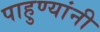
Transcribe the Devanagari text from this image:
पाहुण्यांनी